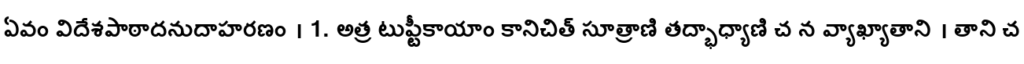
ఏవం విదేశపాఠాదనుదాహరణం । 1. అత్ర టుప్టీకాయాం కానిచిత్ సూత్రాణి తద్భాధ్యాణి చ న వ్యాఖ్యాతాని । తాని చ